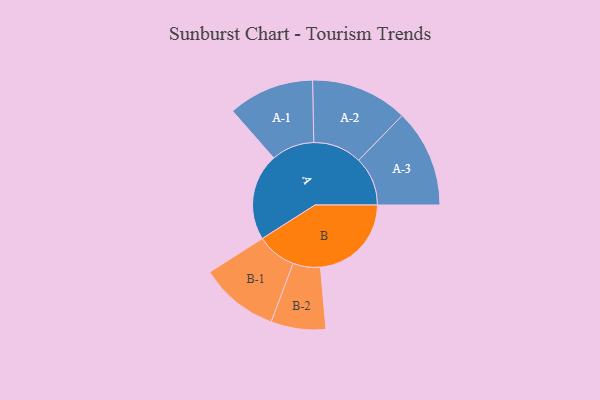
{"axis": {"x": "Segment", "y": "Value"}, "legend": ["", "A", "B"], "data": [{"x": "A", "y": 435, "type": ""}, {"x": "B", "y": 455, "type": ""}, {"x": "A-1", "y": 215, "type": "A"}, {"x": "A-2", "y": 243, "type": "A"}, {"x": "A-3", "y": 245, "type": "A"}, {"x": "B-1", "y": 198, "type": "B"}, {"x": "B-2", "y": 137, "type": "B"}]}